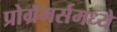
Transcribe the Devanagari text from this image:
प्रोग्रॅमर्समध्ये